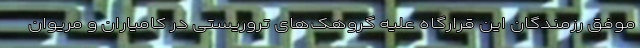
موفق رزمندگان این قرارگاه علیه گروهک‌های تروریستی در کامیاران و مریوان